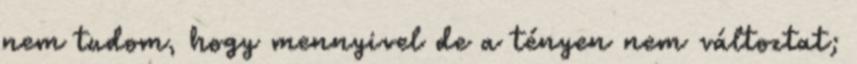
nem tudom, hogy mennyivel de a tényen nem változtat;